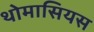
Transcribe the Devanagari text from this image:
थोमासियस